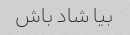
بیا شاد باش